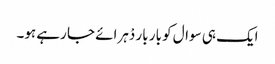
ایک ہی سوال کو بار بار دْہرائے جا رہے ہو۔